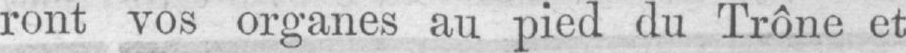
ront vos organes au pied du Trône et